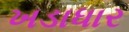
ખડાધાર